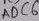
Text: ADC6